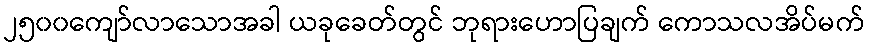
၂၅၀၀ကျော်လာသောအခါ ယခုခေတ်တွင် ဘုရားဟောပြချက် ကောသလအိပ်မက်